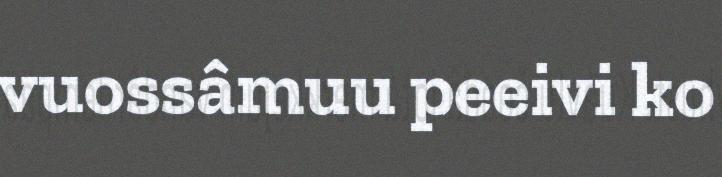
vuossâmuu peeivi ko